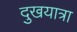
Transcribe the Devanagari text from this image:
दुखयात्रा